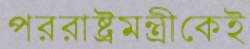
পররাষ্ট্রমন্ত্রীকেই